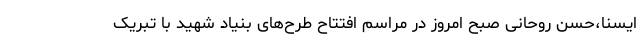
ایسنا،حسن روحانی صبح امروز در مراسم افتتاح طرح‌های بنیاد شهید با تبریک